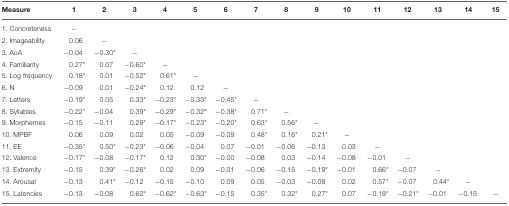
<table><thead><tr><td><b>Measure</b></td><td><b>1</b></td><td><b>2</b></td><td><b>3</b></td><td><b>4</b></td><td><b>5</b></td><td><b>6</b></td><td><b>7</b></td><td><b>8</b></td><td><b>9</b></td><td><b>10</b></td><td><b>11</b></td><td><b>12</b></td><td><b>13</b></td><td><b>14</b></td><td><b>15</b></td></tr></thead><tbody><tr><td>1. Concreteness</td><td>−</td><td></td><td></td><td></td><td></td><td></td><td></td><td></td><td></td><td></td><td></td><td></td><td></td><td></td><td></td></tr><tr><td>2. Imageability</td><td>0.06</td><td>−</td><td></td><td></td><td></td><td></td><td></td><td></td><td></td><td></td><td></td><td></td><td></td><td></td><td></td></tr><tr><td>3. AoA</td><td>−0.04</td><td>−0.30<sup>*</sup></td><td>−</td><td></td><td></td><td></td><td></td><td></td><td></td><td></td><td></td><td></td><td></td><td></td><td></td></tr><tr><td>4. Familiarity</td><td>0.27<sup>*</sup></td><td>0.07</td><td>−0.60<sup>*</sup></td><td>−</td><td></td><td></td><td></td><td></td><td></td><td></td><td></td><td></td><td></td><td></td><td></td></tr><tr><td>5. Log frequency</td><td>0.18<sup>*</sup></td><td>0.01</td><td>−0.52<sup>*</sup></td><td>0.61<sup>*</sup></td><td>−</td><td></td><td></td><td></td><td></td><td></td><td></td><td></td><td></td><td></td><td></td></tr><tr><td>6. N</td><td>−0.09</td><td>0.01</td><td>−0.24<sup>*</sup></td><td>0.12</td><td>0.12</td><td>−</td><td></td><td></td><td></td><td></td><td></td><td></td><td></td><td></td><td></td></tr><tr><td>7. Letters</td><td>−0.19<sup>*</sup></td><td>0.05</td><td>0.33<sup>*</sup></td><td>−0.23<sup>*</sup></td><td>−0.33<sup>*</sup></td><td>−0.45<sup>*</sup></td><td>−</td><td></td><td></td><td></td><td></td><td></td><td></td><td></td><td></td></tr><tr><td>8. Syllables</td><td>−0.22<sup>*</sup></td><td>−0.04</td><td>0.39<sup>*</sup></td><td>−0.29<sup>*</sup></td><td>−0.32<sup>*</sup></td><td>−0.38<sup>*</sup></td><td>0.71<sup>*</sup></td><td>−</td><td></td><td></td><td></td><td></td><td></td><td></td><td></td></tr><tr><td>9. Morphemes</td><td>−0.15</td><td>−0.11</td><td>0.29<sup>*</sup></td><td>−0.17<sup>*</sup></td><td>−0.23<sup>*</sup></td><td>−0.20<sup>*</sup></td><td>0.63<sup>*</sup></td><td>0.56<sup>*</sup></td><td>−</td><td></td><td></td><td></td><td></td><td></td><td></td></tr><tr><td>10. MPBF</td><td>0.06</td><td>0.09</td><td>0.02</td><td>0.05</td><td>−0.09</td><td>−0.09</td><td>0.48<sup>*</sup></td><td>0.16<sup>*</sup></td><td>0.21<sup>*</sup></td><td>−</td><td></td><td></td><td></td><td></td><td></td></tr><tr><td>11. EE</td><td>−0.35<sup>*</sup></td><td>0.50<sup>*</sup></td><td>−0.23<sup>*</sup></td><td>−0.06</td><td>−0.04</td><td>0.07</td><td>−0.01</td><td>−0.06</td><td>−0.13</td><td>0.03</td><td>−</td><td></td><td></td><td></td><td></td></tr><tr><td>12. Valence</td><td>−0.17<sup>*</sup></td><td>−0.08</td><td>−0.17<sup>*</sup></td><td>0.12</td><td>0.30<sup>*</sup></td><td>−0.00</td><td>−0.08</td><td>0.03</td><td>−0.14</td><td>−0.08</td><td>−0.01</td><td>−</td><td></td><td></td><td></td></tr><tr><td>13. Extremity</td><td>−0.15</td><td>0.39<sup>*</sup></td><td>−0.26<sup>*</sup></td><td>0.02</td><td>0.09</td><td>−0.01</td><td>−0.06</td><td>−0.15</td><td>−0.19<sup>*</sup></td><td>−0.01</td><td>0.66<sup>*</sup></td><td>−0.07</td><td>−</td><td></td><td></td></tr><tr><td>14. Arousal</td><td>−0.13</td><td>0.41<sup>*</sup></td><td>−0.12</td><td>−0.15</td><td>−0.10</td><td>0.09</td><td>0.05</td><td>−0.03</td><td>−0.08</td><td>0.02</td><td>0.57<sup>*</sup></td><td>−0.07</td><td>0.44<sup>*</sup></td><td>−</td><td></td></tr><tr><td>15. Latencies</td><td>−0.13</td><td>−0.08</td><td>0.62<sup>*</sup></td><td>−0.62<sup>*</sup></td><td>−0.63<sup>*</sup></td><td>−0.15</td><td>0.35<sup>*</sup></td><td>0.32<sup>*</sup></td><td>0.27<sup>*</sup></td><td>0.07</td><td>−0.18<sup>*</sup></td><td>−0.21<sup>*</sup></td><td>−0.01</td><td>−0.15</td><td>−</td></tr></tbody></table>